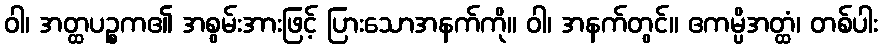
ဝါ၊ အတ္ထပဉ္စက၏ အစွမ်းအားဖြင့် ပြားသောအနက်ကို။ ဝါ၊ အနက်တွင်။ ဧကမ္ပိအတ္ထံ၊ တစ်ပါး